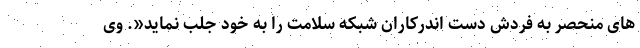
های منحصر به فردش دست اندرکاران شبکه سلامت را به خود جلب نماید«. وی